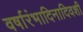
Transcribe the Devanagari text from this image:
वर्षारंभादिनादिवशी